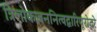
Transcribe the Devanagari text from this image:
त्रिलोकजननित्वद्वारिपूरोदरे